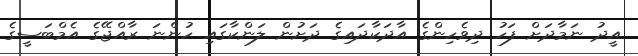
އީދު ނަމާދަށް ފަހު ދިވެހިންގެ އާދަކާދައިގެ ދަށުން ލަންކާގައި ހުންނަ ރާއްޖޭގެ އެމްބަސީގެ